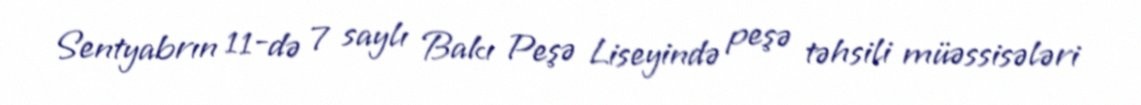
Sentyabrın 11-də 7 saylı Bakı Peşə Liseyində peşə təhsili müəssisələri